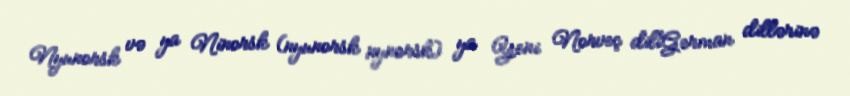
Nyunorsk və ya Ninorsk (nyunorsk nynorsk) ya Yeni Norveç diliGerman dillərinə